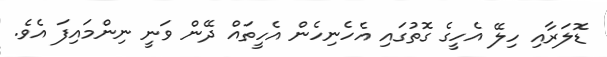
ޑޮލަރާއި ހިލޭ އެހީގެ ގޮތުގައި އެހެނިހެން އެހީތައް ދޭން ވަނީ ނިންމައިފަ އެވެ.